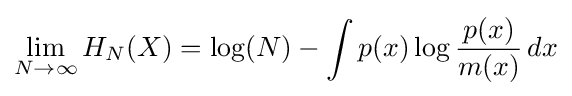
\lim _{N\rightarrow \infty }H_{N}(X)=\log(N)-\int p(x)\log {\frac {p(x)}{m(x)}}\,dx